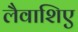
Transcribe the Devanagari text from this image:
लैवाशिए